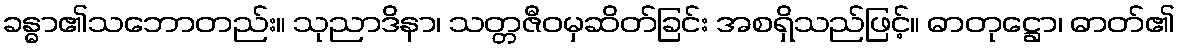
ခန္ဓာ၏သဘောတည်း။ သုညာဒိနာ၊ သတ္တဇီဝမှဆိတ်ခြင်း အစရှိသည်ဖြင့်။ ဓာတုဋ္ဌော၊ ဓာတ်၏